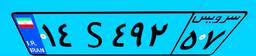
۳۷S۳۴۸۸۷